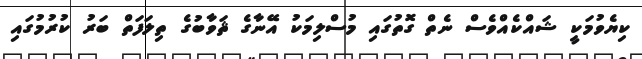
ކިޔެވުމަކީ ޝައްކެއްވެސް ނެތް ގޮތުގައި މުސްލިމަކު އޭނާގެ ޘަވާބުގެ ތިލަފަތް ބަރު ކުރުމުގައި